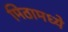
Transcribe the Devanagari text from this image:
मिठामध्ये